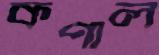
কপাল